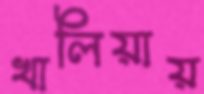
খালিয়ায়